Medical and sanitary report of the native army of Bengal for the year
Year: 1876
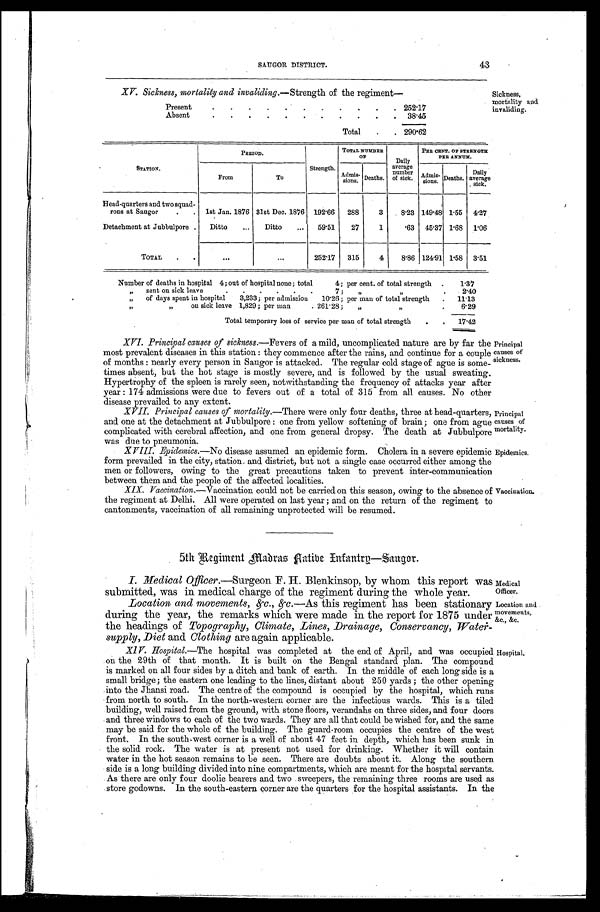
XV. Sickness, mortality and invaliding.—Strength of the regiment—
Present
.
.
. 252.17
Absent
.
.
. 38.45
Total . . . 290.62
Sickness,
mortality and
invaliding.
43
SAUGOR DISTRICT.
STATION.
PERIOD.
Strength.
TOTAL NUMBER
OF
Daily
average
number
of sick.
PER CENT. OF STRENGTH
PER ANNUM.
From
To
Admis-
sions. Deaths.
Admis-
sions.
D e a t h s . Daily
average
sick.
Head-quarters and two squad -
rons at Saugor . . . 1st Jan. 1876 31st Dec. 1876 192.66
288
3
8.23 149.48 1.55 4.27
Detachment at Jubbulpore . . .
Ditto . . .
Ditto . . .
59.51
27
1
.63
45.37 1.68 1.06
TOTAL . . .
. . .
. . .
252.17
315
4
8.86 124.91 1.58
3.51
Number of deaths in hospital 4; out of hospital none; total
4; per cent. of total strength . . .
1.37
"
sent on sick leave . . . 7;
" " . . .
2.40
"
of days spent in hospital
3,233; per admission
10.26; per man of total strength . . .
11.13
" "
on sick leave 1,829; per man . . . 261.28;
" " . . .
6 . 2 9
Total temporary loss of service per man of total strength . . .
17.42
XVI. Principal causes of sickness. —Fevers of a mild, uncomplicated nature are by far the
most prevalent diseases in this station : they commence after the rains, and continue for a couple
of months : nearly every person in Saugor is attacked. The regular cold stage of ague is some--
times absent, but the hot stage is mostly severe, and is followed by the usual sweating.
Hypertrophy of the spleen is rarely seen, notwithstanding the frequency of attacks year after
year : 174 admissions were due to fevers out of a total of 315 from all causes. No other
disease prevailed to any extent.
XVII. Principal causes of mortality. —There were only four deaths, three at head-quarters,
and one at the detachment at Jubbulpore : one from yellow softening of brain; one from ague
complicated with cerebral affection, and one from general dropsy. The death at Jubbulpore
was due to pneumonia.
Principal
causes of
sickness.
Principal
causes of
mortality.
XVIII. Epidemics. —No disease assumed an epidemic form. Cholera in a severe epidemic
form prevailed in the city, station and district, but not a single case occurred either among the
men or followers, owing to the great precautions taken to prevent inter-communication
between them and the people of the affected localities.
XIX. Vaccination.—Vaccination could not be carried on this season, owing to the absence of
the regiment at Delhi. All were operated on last year ; and on the return of the regiment to
cantonments, vaccination of all remaining unprotected will be resumed.
5th Regiment Madras Native Infantry—Saugor.
Epidemics.
Vaccination.
I. Medical Officer. —Surgeon F. H. Blenkinsop, by whom this report was
submitted, was in medical charge of the regiment during the whole year.
Location and movements, &c., &c.— A s
t h i s r e g i m e n t h a s b e e n s t a t i o n a r y
during the year, the remarks which were made in the report for 1875 under
the headings of Topography, Climate, Lines, Drainage, Conservancy, Water-supply, Dieta n d
C l o t h i n g
a r e a g a i n a p p l i c a b l e .
Medical
Officer.
Location and
movements,
&c., &c.
XIV. Hospital.—The hospital was completed at the end of April, and was occupied
on the 29th of that month. It is built on the Bengal standard plan. The compound
is marked on all four sides by a ditch and bank of earth. In the middle of each long side is a
small bridge; the eastern one leading to the lines, distant about 250 yards; the other opening
into the Jhansi road. The centre of the compound is occupied by the hospital, which runs
from north to south. In the north-western corner are the infectious wards. This is a tiled
building, well raised from the ground, with stone floors, verandahs on three sides, and four doors
and three windows to each of the two wards. They are all that could be wished for, and the same
may be said for the whole of the building. The guard-room occupies the centre of the west
front. In the south-west corner is a well of about 47 feet in depth, which has been sunk in
the solid rock. The water is at present not used for drinking. Whether it will contain
water in the hot season remains to be seen. There are doubts about it. Along the southern
side is a long building divided into nine compartments, which are meant for the hospital servants.
As there are only four doolie bearers and two sweepers, the remaining three rooms are used as
store godowns. In the south-eastern corner are the quarters for the hospital assistants. In the
Hospital.